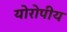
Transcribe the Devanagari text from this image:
योरोपीय